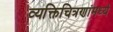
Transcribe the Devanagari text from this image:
व्यक्तिचित्रणांमध्ये